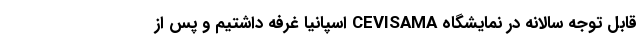
قابل توجه سالانه در نمایشگاه CEVISAMA اسپانیا غرفه داشتیم و پس از